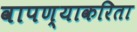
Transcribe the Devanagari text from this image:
वापण्‍याकरिता